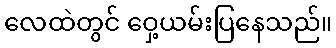
လေထဲတွင် ဝှေ့ယမ်းပြနေသည်။